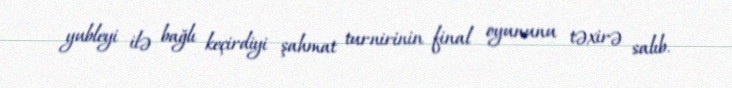
yubleyi ilə bağlı keçirdiyi şahmat turnirinin final oyununu təxirə salıb.